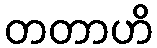
တတာဟိ